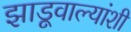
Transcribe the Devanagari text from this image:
झाडूवाल्यांशी